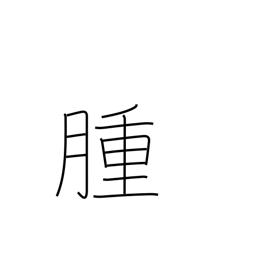
Meaning: tumor